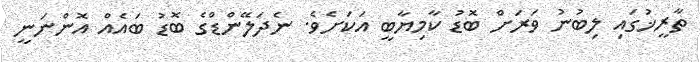
ތާރީޚުގައި ލިބުނު ވަރަށް ބޮޑު ކާމިޔާބީ އަކަށެވެ. ނެދަލޭންޑްގެ ބޮޑު ބައެއް އޮންނަނީ